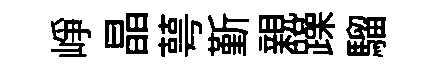
峥晶萼斳親躁騮